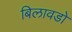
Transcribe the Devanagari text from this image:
बिलावडो